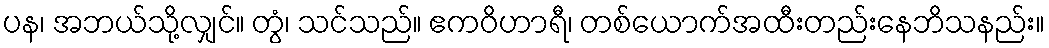
ပန၊ အဘယ်သို့လျှင်။ တွံ၊ သင်သည်။ ဧကဝိဟာရီ၊ တစ်ယောက်အထီးတည်းနေဘိသနည်း။